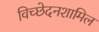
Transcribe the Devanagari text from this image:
विच्छेदनशामिल